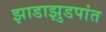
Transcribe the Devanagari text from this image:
झाडाझुडपांत